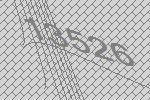
13526